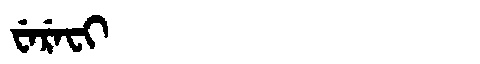
Manchu: ᠸᡝᡵᡝᠸᡳ
Romanization: WEREFI